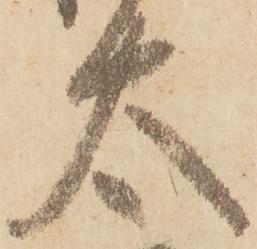
太